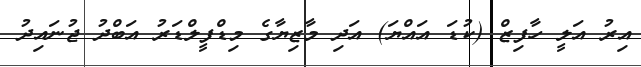
އިރު އަލީ ހާފިޒް (ކުޑަ އައްޔަ) އަދި މާޒިޔާގެ މިޑްފީލްޑަރު އަބްދު ޖުނައިދު